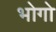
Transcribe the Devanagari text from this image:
भोगो